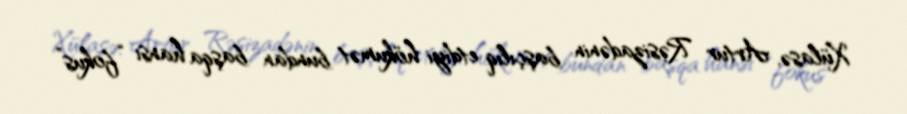
Xülasə, Artur Rəsizadənin başçılıq etdiyi hökumət bundan başqa hansı “fokus”